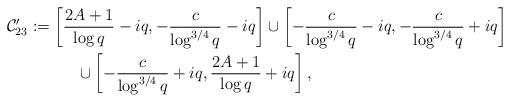
LaTeX: \begin{align*} & \mathcal{C}_{23}' := \left[\frac{2A+1}{\log q}-iq,-\frac{c}{\log^{3/4} q}-iq\right]\cup \left[-\frac{c}{\log^{3/4} q}-iq,-\frac{c}{\log^{3/4} q}+iq\right] \\ & \hskip 50pt \cup \left[-\frac{c}{\log^{3/4} q}+iq,\frac{2A+1}{\log q}+iq\right], \end{align*}